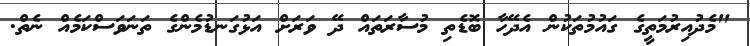
"މެދުއިރުމަތީގެ ގައުމުތަކުން އެދޭހާ ބޮޑެތި މުސާރަތައް ދޭ ވަރަށް އަޅުގަނޑުމެންގެ ތަނަވަސްކަމެއް ނެތް.